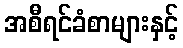
အစီရင်ခံစာများနှင့်